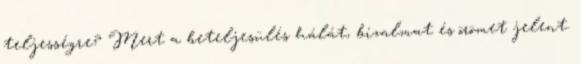
teljességre? Mert a beteljesülés hálát, bizalmat és örömet jelent.